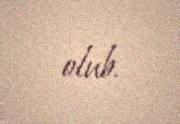
olub.